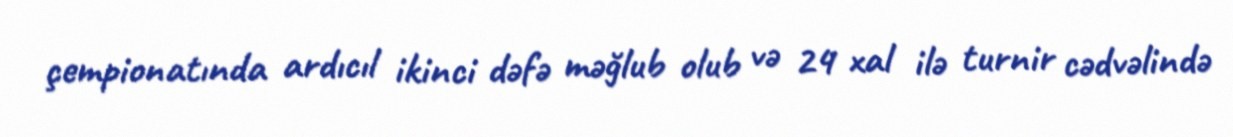
çempionatında ardıcıl ikinci dəfə məğlub olub və 24 xal ilə turnir cədvəlində